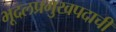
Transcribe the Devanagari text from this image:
भूदलप्रमुखपदाची